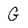
Character: G